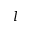
l